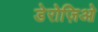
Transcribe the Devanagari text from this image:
डेरोज़िओ